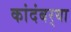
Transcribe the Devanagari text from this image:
कांदंबर्‍या